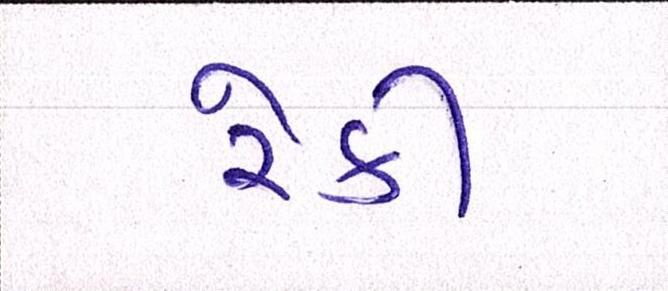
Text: રેકી